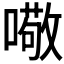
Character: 𱔻